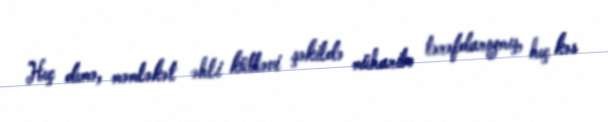
Heç demə, məmləkət əhli kütləvi şəkildə müharibə tərəfdarıymış, heç kəs